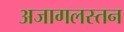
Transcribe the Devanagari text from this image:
अजागलस्तन